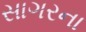
સાગરના